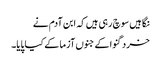
نگاہیں سوچ رہی ہیں کہ ابن آدم نے
خرد گنوا کے جنوں آزما کے کیا پایا۔